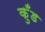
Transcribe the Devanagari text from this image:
कुँड